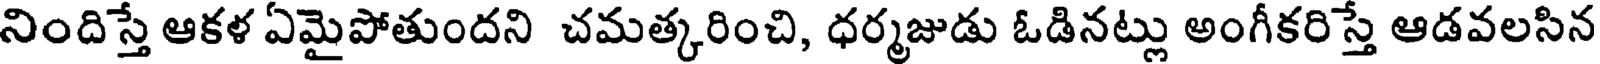
నిందిస్తే ఆకళ ఏమైపోతుందని చమత్కరించి, ధర్మజుడు ఓడినట్లు అంగీకరిస్తే ఆడవలసిన